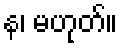
န၊ မဟုတ်။